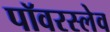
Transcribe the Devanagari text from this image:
पॉवरस्लेव